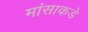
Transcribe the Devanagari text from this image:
मांसाकडे